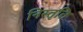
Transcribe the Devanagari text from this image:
निस्तृति